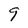
Character: 9